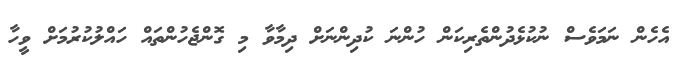
އެހެން ނަމަވެސް ނުކުޅެދުންތެރިކަން ހުންނަ ކުދިންނަށް ދިމާވާ މި ގޮންޖެހުންތައް ހައްލުކުރުމަށް ވީހާ